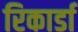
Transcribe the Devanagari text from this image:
रिकार्डा